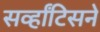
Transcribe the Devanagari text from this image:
सर्व्हांटिसने